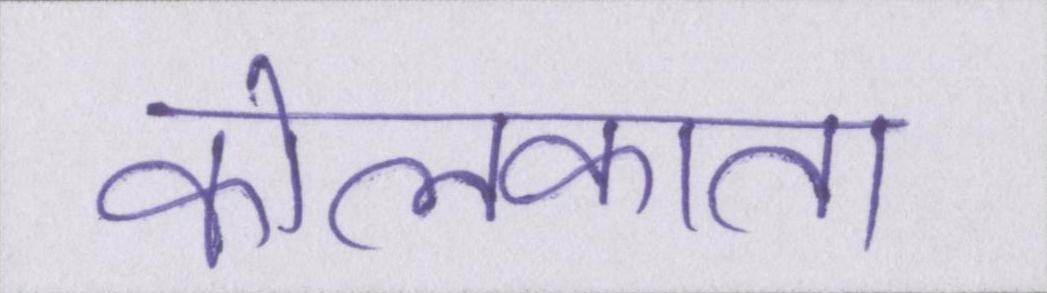
कोलकाता